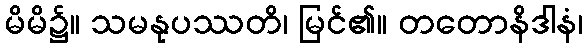
မိမိ၌။ သမနုပဿတိ၊ မြင်၏။ တတောနိဒါနံ၊